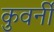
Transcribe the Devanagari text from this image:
कुवर्नी